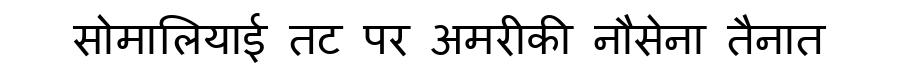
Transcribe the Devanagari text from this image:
सोमालियाई तट पर अमरीकी नौसेना तैनात